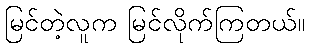
မြင်တဲ့လူက မြင်လိုက်ကြတယ်။